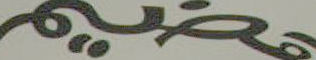
عضيم